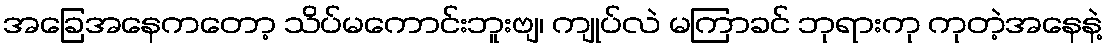
အခြေအနေကတော့ သိပ်မကောင်းဘူးဗျ၊ ကျုပ်လဲ မကြာခင် ဘုရားကု ကုတဲ့အနေနဲ့